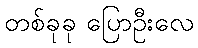
တစ်ခုခု ပြောဦးလေ